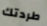
طردتك